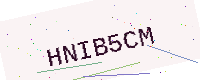
Text: HNIB5CM